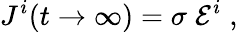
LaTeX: J^{i}(t\to\infty)=\sigma\; \mathcal{E}^{i}\; ,